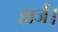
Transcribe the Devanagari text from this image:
हार्ज।